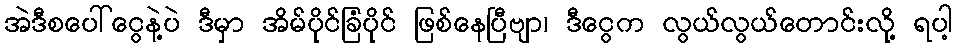
အဲဒီစပေါ်ငွေနဲ့ပဲ ဒီမှာ အိမ်ပိုင်ခြံပိုင် ဖြစ်နေပြီဗျာ၊ ဒီငွေက လွယ်လွယ်တောင်းလို့ ရပါ့